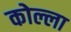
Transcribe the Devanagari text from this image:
कोल्ला